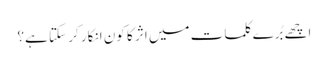
اچھے بُرے کلمات میں اثر کا کون انکار کر سکتا ہے؟